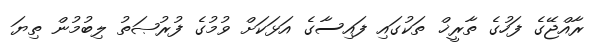
ރާއްޖޭގެ ފަހުގެ ތާރީޚް ތަކުގައި ފައިސާގެ އަޅަކަށް ވުމުގެ ފުރުޞަތު ލިބުމުން ތިޔަ